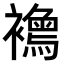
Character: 𧞦